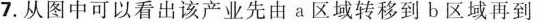
7.从图中可以看出该产业先由a区域转移到b区域再到